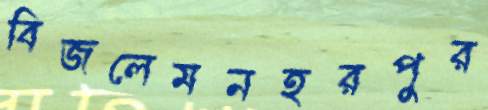
বিজলেমনহরপুর